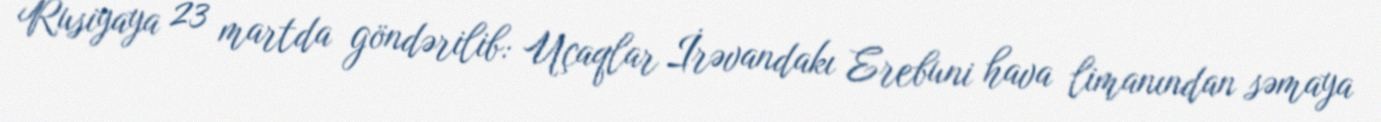
Rusiyaya 23 martda göndərilib: Uçaqlar İrəvandakı Erebuni hava limanından səmaya